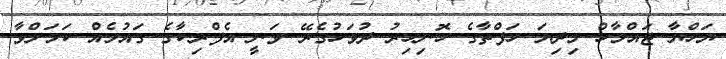
ޔަހްޔާ ޖައްމާހް މިދިޔަ ހަފްތާގެ ހޮނިހިރު ދުވަހުގެރޭ ވަނީ އެފްރިކާގެ ގައުމެއް ކަމަށްވާ